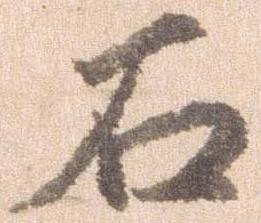
石